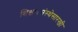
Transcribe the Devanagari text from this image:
शिक्षणसंस्थेसारखी